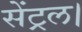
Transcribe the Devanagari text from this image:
सेंट्रल।